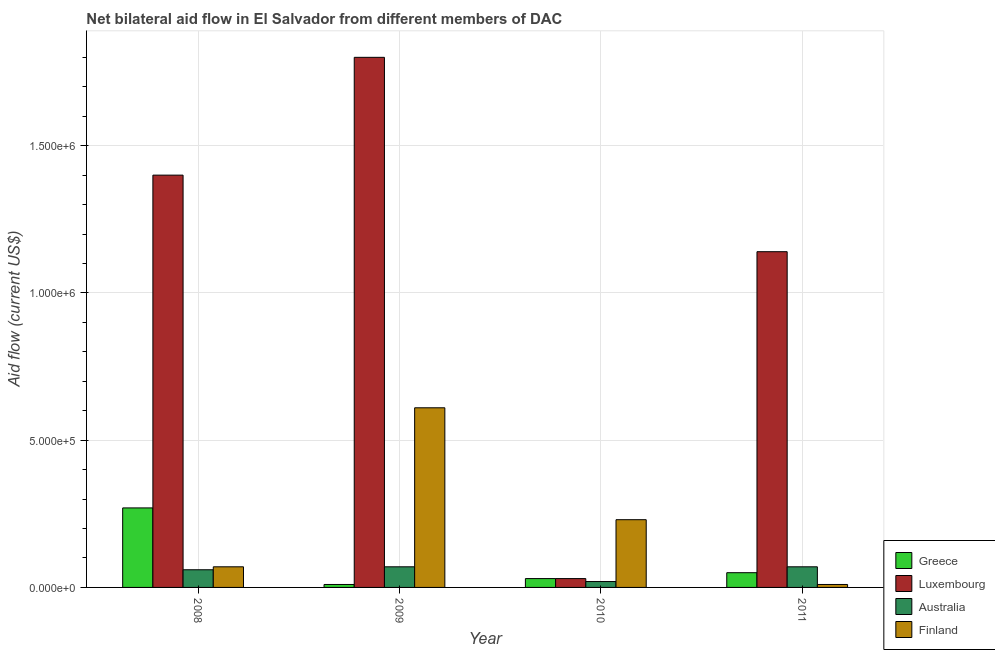
| Year | Greece | Luxembourg | Australia | Finland |
 | --- | --- | --- | --- | --- |
 | 2008 | 2.7e+05 | 1.4e+06 | 6e+04 | 7e+04 |
 | 2009 | 1e+04 | 1.8e+06 | 7e+04 | 6.1e+05 |
 | 2010 | 3e+04 | 3e+04 | 2e+04 | 2.3e+05 |
 | 2011 | 5e+04 | 1.14e+06 | 7e+04 | 1e+04 |